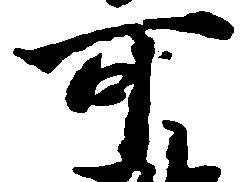
可